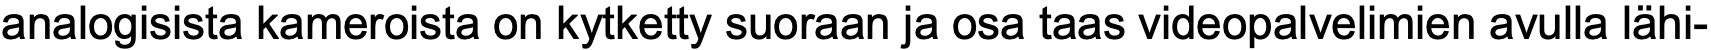
analogisista kameroista on kytketty suoraan ja osa taas videopalvelimien avulla lähi-